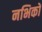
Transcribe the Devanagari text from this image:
नभिकों